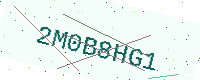
Text: 2M0B8HG1